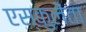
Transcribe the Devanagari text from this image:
एस्कुलेंता